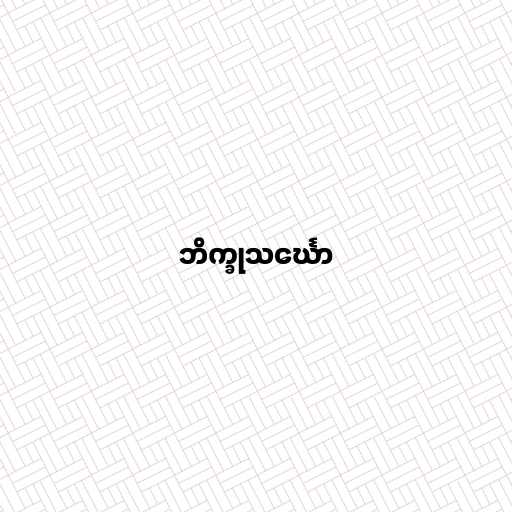
ဘိက္ခုသင်္ဃော